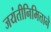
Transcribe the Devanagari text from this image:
जयंतीनिमित्ताने